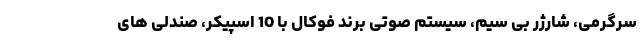
سرگرمی، شارژر بی سیم، سیستم صوتی برند فوکال با 10 اسپیکر، صندلی های